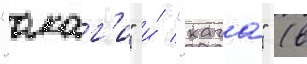
"акаг'и" и́ "кага" (в